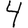
Digit: 4